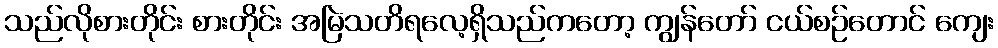
သည်လိုစားတိုင်း စားတိုင်း အမြဲသတိရလေ့ရှိသည်ကတော့ ကျွန်တော် ငယ်စဉ်တောင် ကျေး